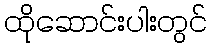
ထိုဆောင်းပါးတွင်